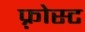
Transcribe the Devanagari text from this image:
फ़्रोस्ट